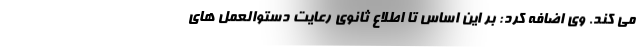
می کند. وی اضافه کرد: بر این اساس تا اطلاع ثانوی رعایت دستوالعمل های